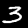
Label: 3